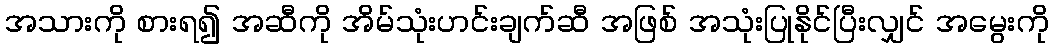
အသားကို စားရ၍ အဆီကို အိမ်သုံးဟင်းချက်ဆီ အဖြစ် အသုံးပြုနိုင်ပြီးလျှင် အမွေးကို